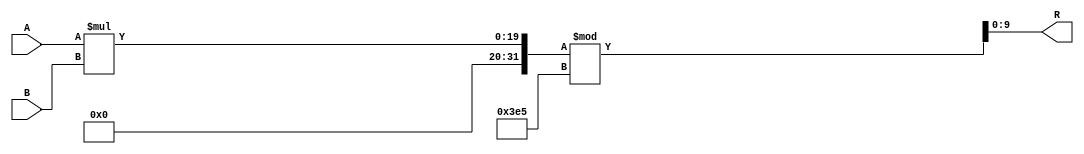
module mult_mod_997_standard(
A, B, R
    );

    input [10:1] A;
    input [10:1] B;
    output [10:1] R;

assign R = (A * B) % 997;

endmodule